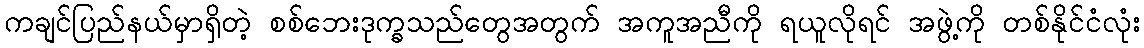
ကချင်ပြည်နယ်မှာရှိတဲ့ စစ်ဘေးဒုက္ခသည်တွေအတွက် အကူအညီကို ရယူလိုရင် အဖွဲ့ကို တစ်နိုင်ငံလုံး